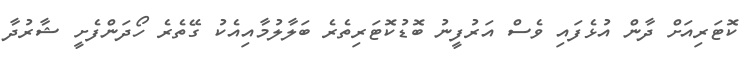
ކޮޓަރިއަށް ދާން އުޅެފައި ވެސް އަރުފީނު ބޮޑުކޮޓަރިތެރެ ބަލާލުމާއިއެކު ގޭތެރެ ހޯދަންފެށީ ޝާރުދާ